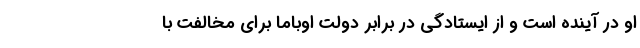
او در آینده است و از ایستادگی در برابر دولت اوباما برای مخالفت با